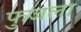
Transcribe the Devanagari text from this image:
फुजला